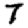
Digit: 7